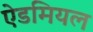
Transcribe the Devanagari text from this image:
ऐडमियल